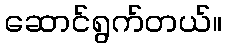
ဆောင်ရွက်တယ်။